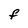
Character: F